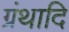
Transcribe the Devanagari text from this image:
ग्रंथादि